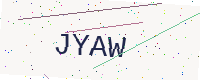
Text: JYAW